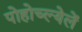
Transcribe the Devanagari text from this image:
पोहोच्ल्येलें